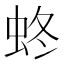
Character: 𧊂